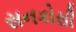
સનકોસી